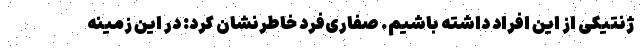
ژنتیکی از این افراد داشته باشیم. صفاری‌فرد خاطرنشان کرد: در این زمینه